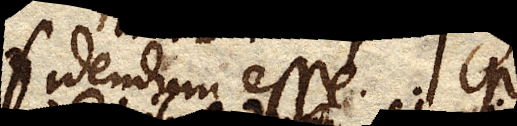
fidendum esse.